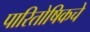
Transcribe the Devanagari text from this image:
पारितोषिकचे